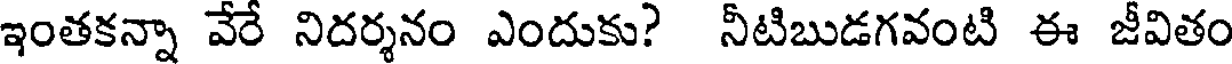
ఇంతకన్నా వేరే నిదర్శనం ఎందుకు? నీటిబుడగవంటి ఈ జీవితం